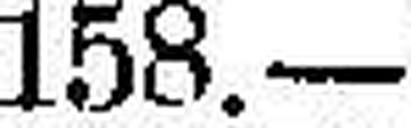
158.—